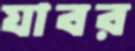
যাবর